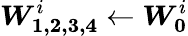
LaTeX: \boldsymbol{W_{1,2,3,4}}^{i}\leftarrow\boldsymbol{W_{0}}^{i}